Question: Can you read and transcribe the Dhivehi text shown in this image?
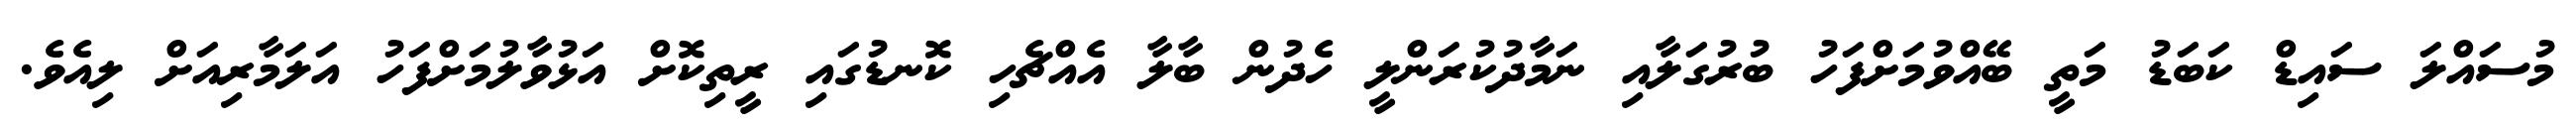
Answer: މުސައްލަ ސައިޑް ކަބަޑު މަތީ ބޭއްވުމަށްފަހު ބުރުގަލާއި ނަމާދުކުރަންލީ ހެދުން ބާލާ އެއްޗެހި ކޮނޑުގައި ރީތިކޮށް އަޅުވާލުމަށްފަހު އަލަމާރިއަށް ލިއެވެ.